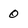
Character: 0